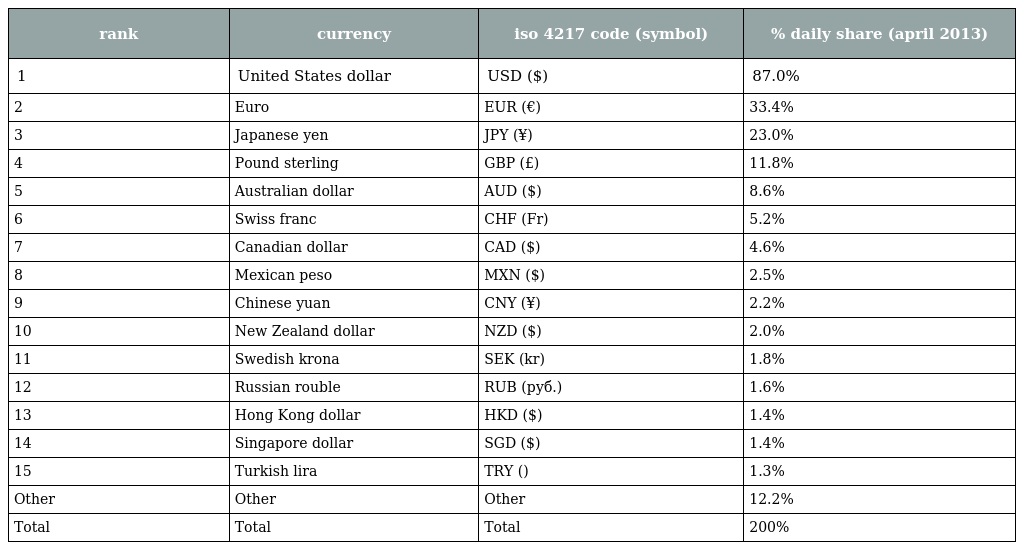
| rank | currency | iso 4217 code (symbol) | % daily share (april 2013) |
 | --- | --- | --- | --- |
 | 1 | United States dollar | USD ($) | 87.0% |
 | 2 | Euro | EUR (€) | 33.4% |
 | 3 | Japanese yen | JPY (¥) | 23.0% |
 | 4 | Pound sterling | GBP (£) | 11.8% |
 | 5 | Australian dollar | AUD ($) | 8.6% |
 | 6 | Swiss franc | CHF (Fr) | 5.2% |
 | 7 | Canadian dollar | CAD ($) | 4.6% |
 | 8 | Mexican peso | MXN ($) | 2.5% |
 | 9 | Chinese yuan | CNY (¥) | 2.2% |
 | 10 | New Zealand dollar | NZD ($) | 2.0% |
 | 11 | Swedish krona | SEK (kr) | 1.8% |
 | 12 | Russian rouble | RUB (руб.) | 1.6% |
 | 13 | Hong Kong dollar | HKD ($) | 1.4% |
 | 14 | Singapore dollar | SGD ($) | 1.4% |
 | 15 | Turkish lira | TRY () | 1.3% |
 | Other | Other | Other | 12.2% |
 | Total | Total | Total | 200% |